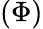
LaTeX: (\Phi)